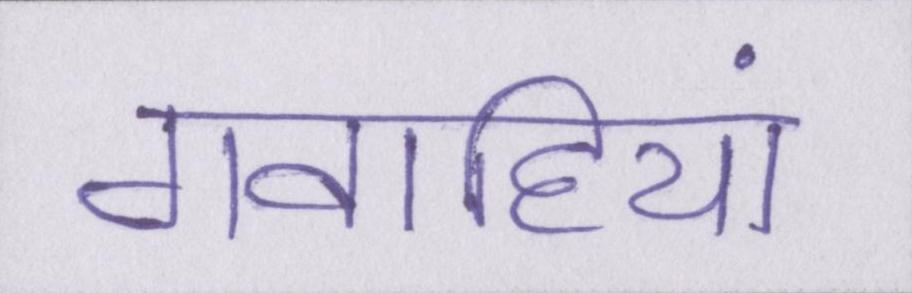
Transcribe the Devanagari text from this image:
गवाहियां